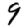
Digit: 9